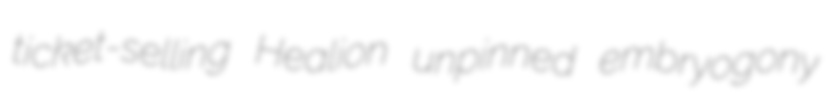
ticket-selling Healion unpinned embryogony